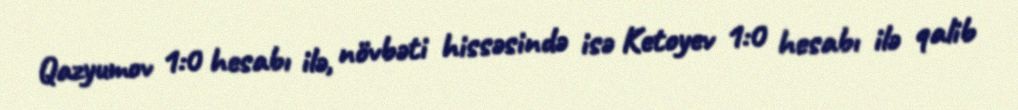
Qazyumov 1:0 hesabı ilə, növbəti hissəsində isə Ketoyev 1:0 hesabı ilə qalib